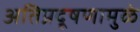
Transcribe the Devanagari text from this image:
अतिप्रदूषणामुळे